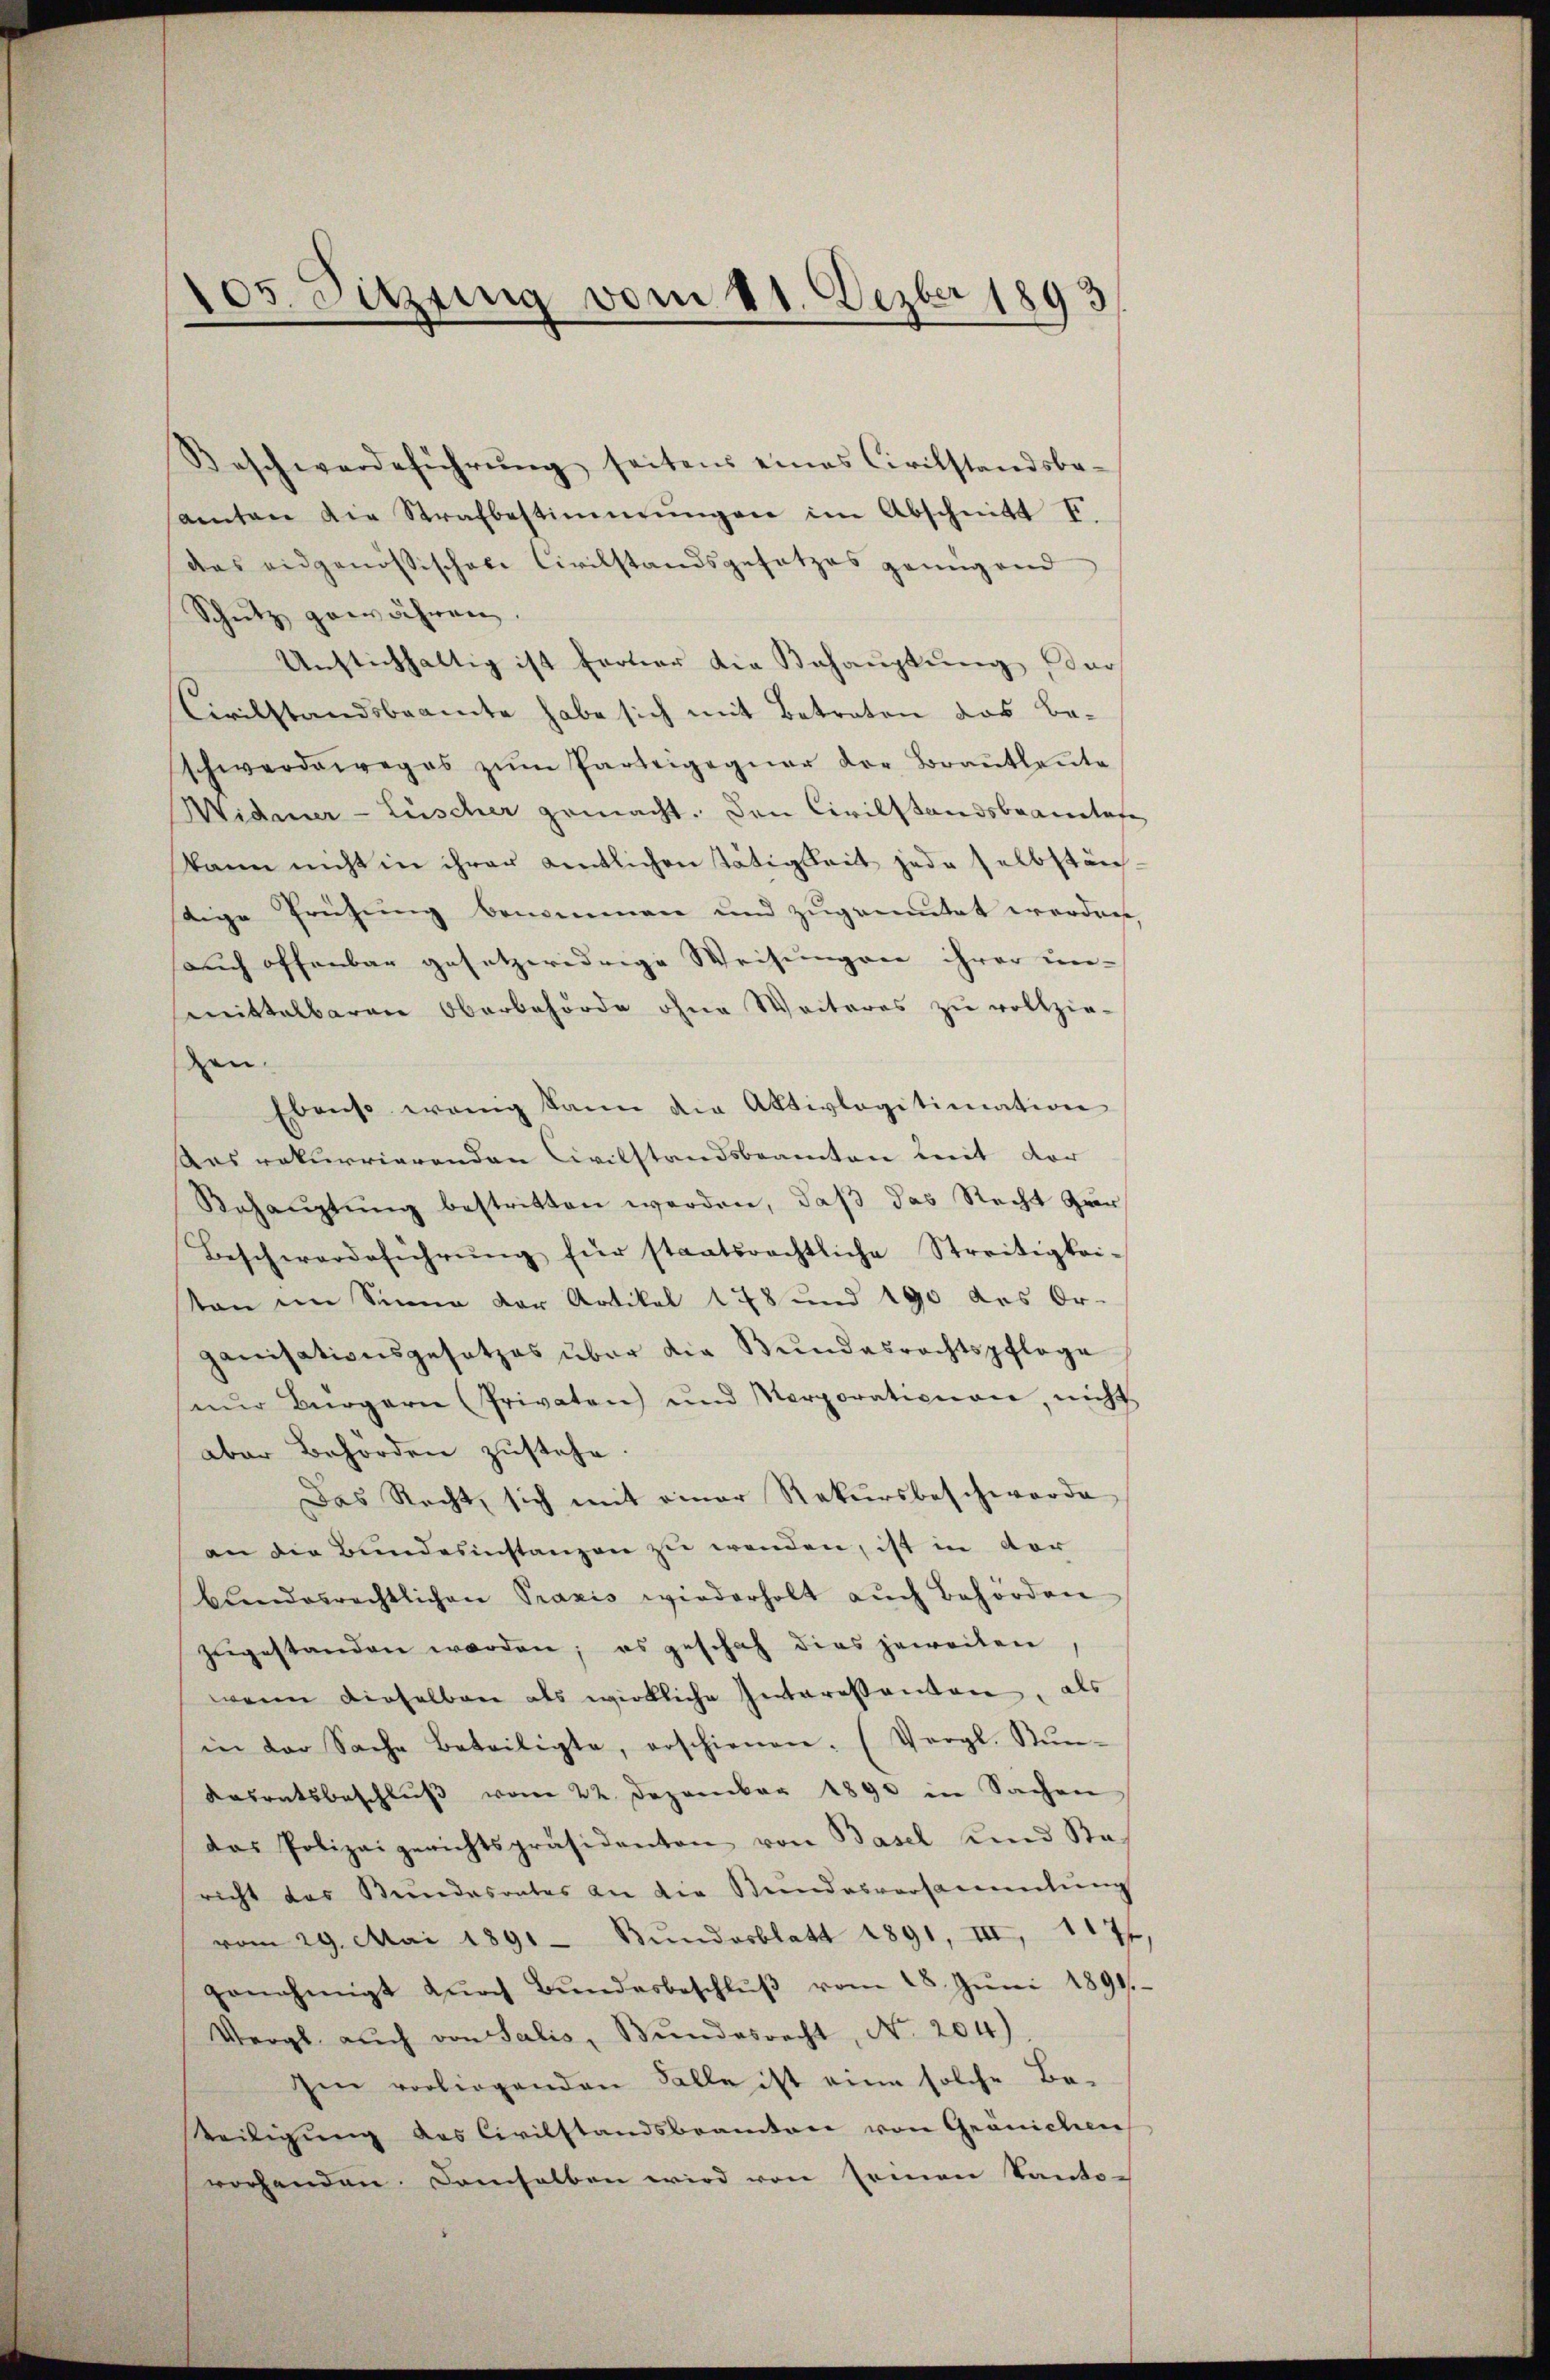
105. Sitzung vom 11. Dezbr 1893

Beschwerdeführŭng seitens eines Civilstandsbe-
aenten die Strafbestimmungen im Abschnitt F.
das eidgenössischere Civilstandsgesetzes genügend
Schutz gewähren.
Unstichhaltig ist ferner die Behauptung, dar
Civilstandsbeamte habe sich mit Betreten das Be-
schwerdeweges zŭm Parteigeqŭar der Brautleute
Widmer-Lüscher gemacht. Den Civilstandsbeanstate
kann nicht in ihrer Antlichen Tätigkeit jede selbstän
tige Prüfung benommen und zugemutet werden,
auch offenbar gesetzwidrige Weisungen ihrer un-
mittelbaren Oberbehörde ohne Weiteres zu vollzie-
gen.
Ebenso wenig kann die Aktivlagitimation
Aas rekurrierenden Civilstandsbeamten mit der
Behauptung bestritten werden, daß das Recht zur
Beschwerdeführŭng für staatsrechtliche Streitigkeisten im Sinne der Artikel 178 und 190 des Or-
ganisationsgesetzes über die Bundesrechtspflege
nŭr Bürgern (Privaten und Marporationen, nicht
aber Behörden zustehe
Das Recht, sich mit einer Rekursbeschwerde
an die Bundesinstanzen zu wenden, ist in vor
bŭndesrechtlichen Praxis wiederholt aŭch behörden
zŭgestanden worden; es geschah dies jeweilen,
wenn dieselben als wirkliche Interessanten, a
in der Sache Beteiligte, erschienen. (Vergl. Nŭn-
Kasratsbeschlŭβ vom 22. Dezember 1890 in Sachen
das Polizeigerichtspräsidenten von Basel und Sta-
richt das Bundesrates an die Stundesversammlung
vom 29. Mai 1891 Bŭndesblatt 1891, III 117
genehmigt dŭrch Bŭndesbeschlŭβ vom 28. Jŭni 1891.
Vergl. auch von Salis, Bŭndesrecht, No. 204)
Im vorliegenden Falle ist eine solche Be-
teiligung des Civilstandsbeamten von Gränichen
wochenden. Demselben wird von Ernen Kanto-